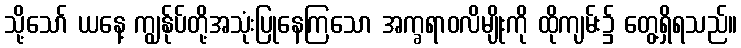
သို့သော် ယနေ့ ကျွန်ုပ်တို့အသုံးပြုနေကြသော အက္ခရာဝလိမျိုးကို ထိုကျမ်း၌ တွေ့ရှိရသည်။